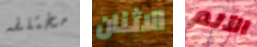
مختلفه الاثنان الآلم